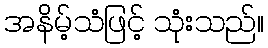
အနိမ့်သံဖြင့် သုံးသည်။